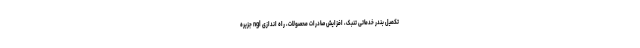
تکمیل بندر خدماتی تنبک، افزایش صادرات محصولات، راه اندازی ngl جزیره